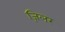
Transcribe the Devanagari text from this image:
ज़िलर